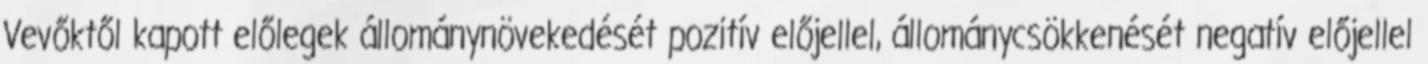
Vevőktől kapott előlegek állománynövekedését pozitív előjellel, állománycsökkenését negatív előjellel